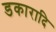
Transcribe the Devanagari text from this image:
डकारादि